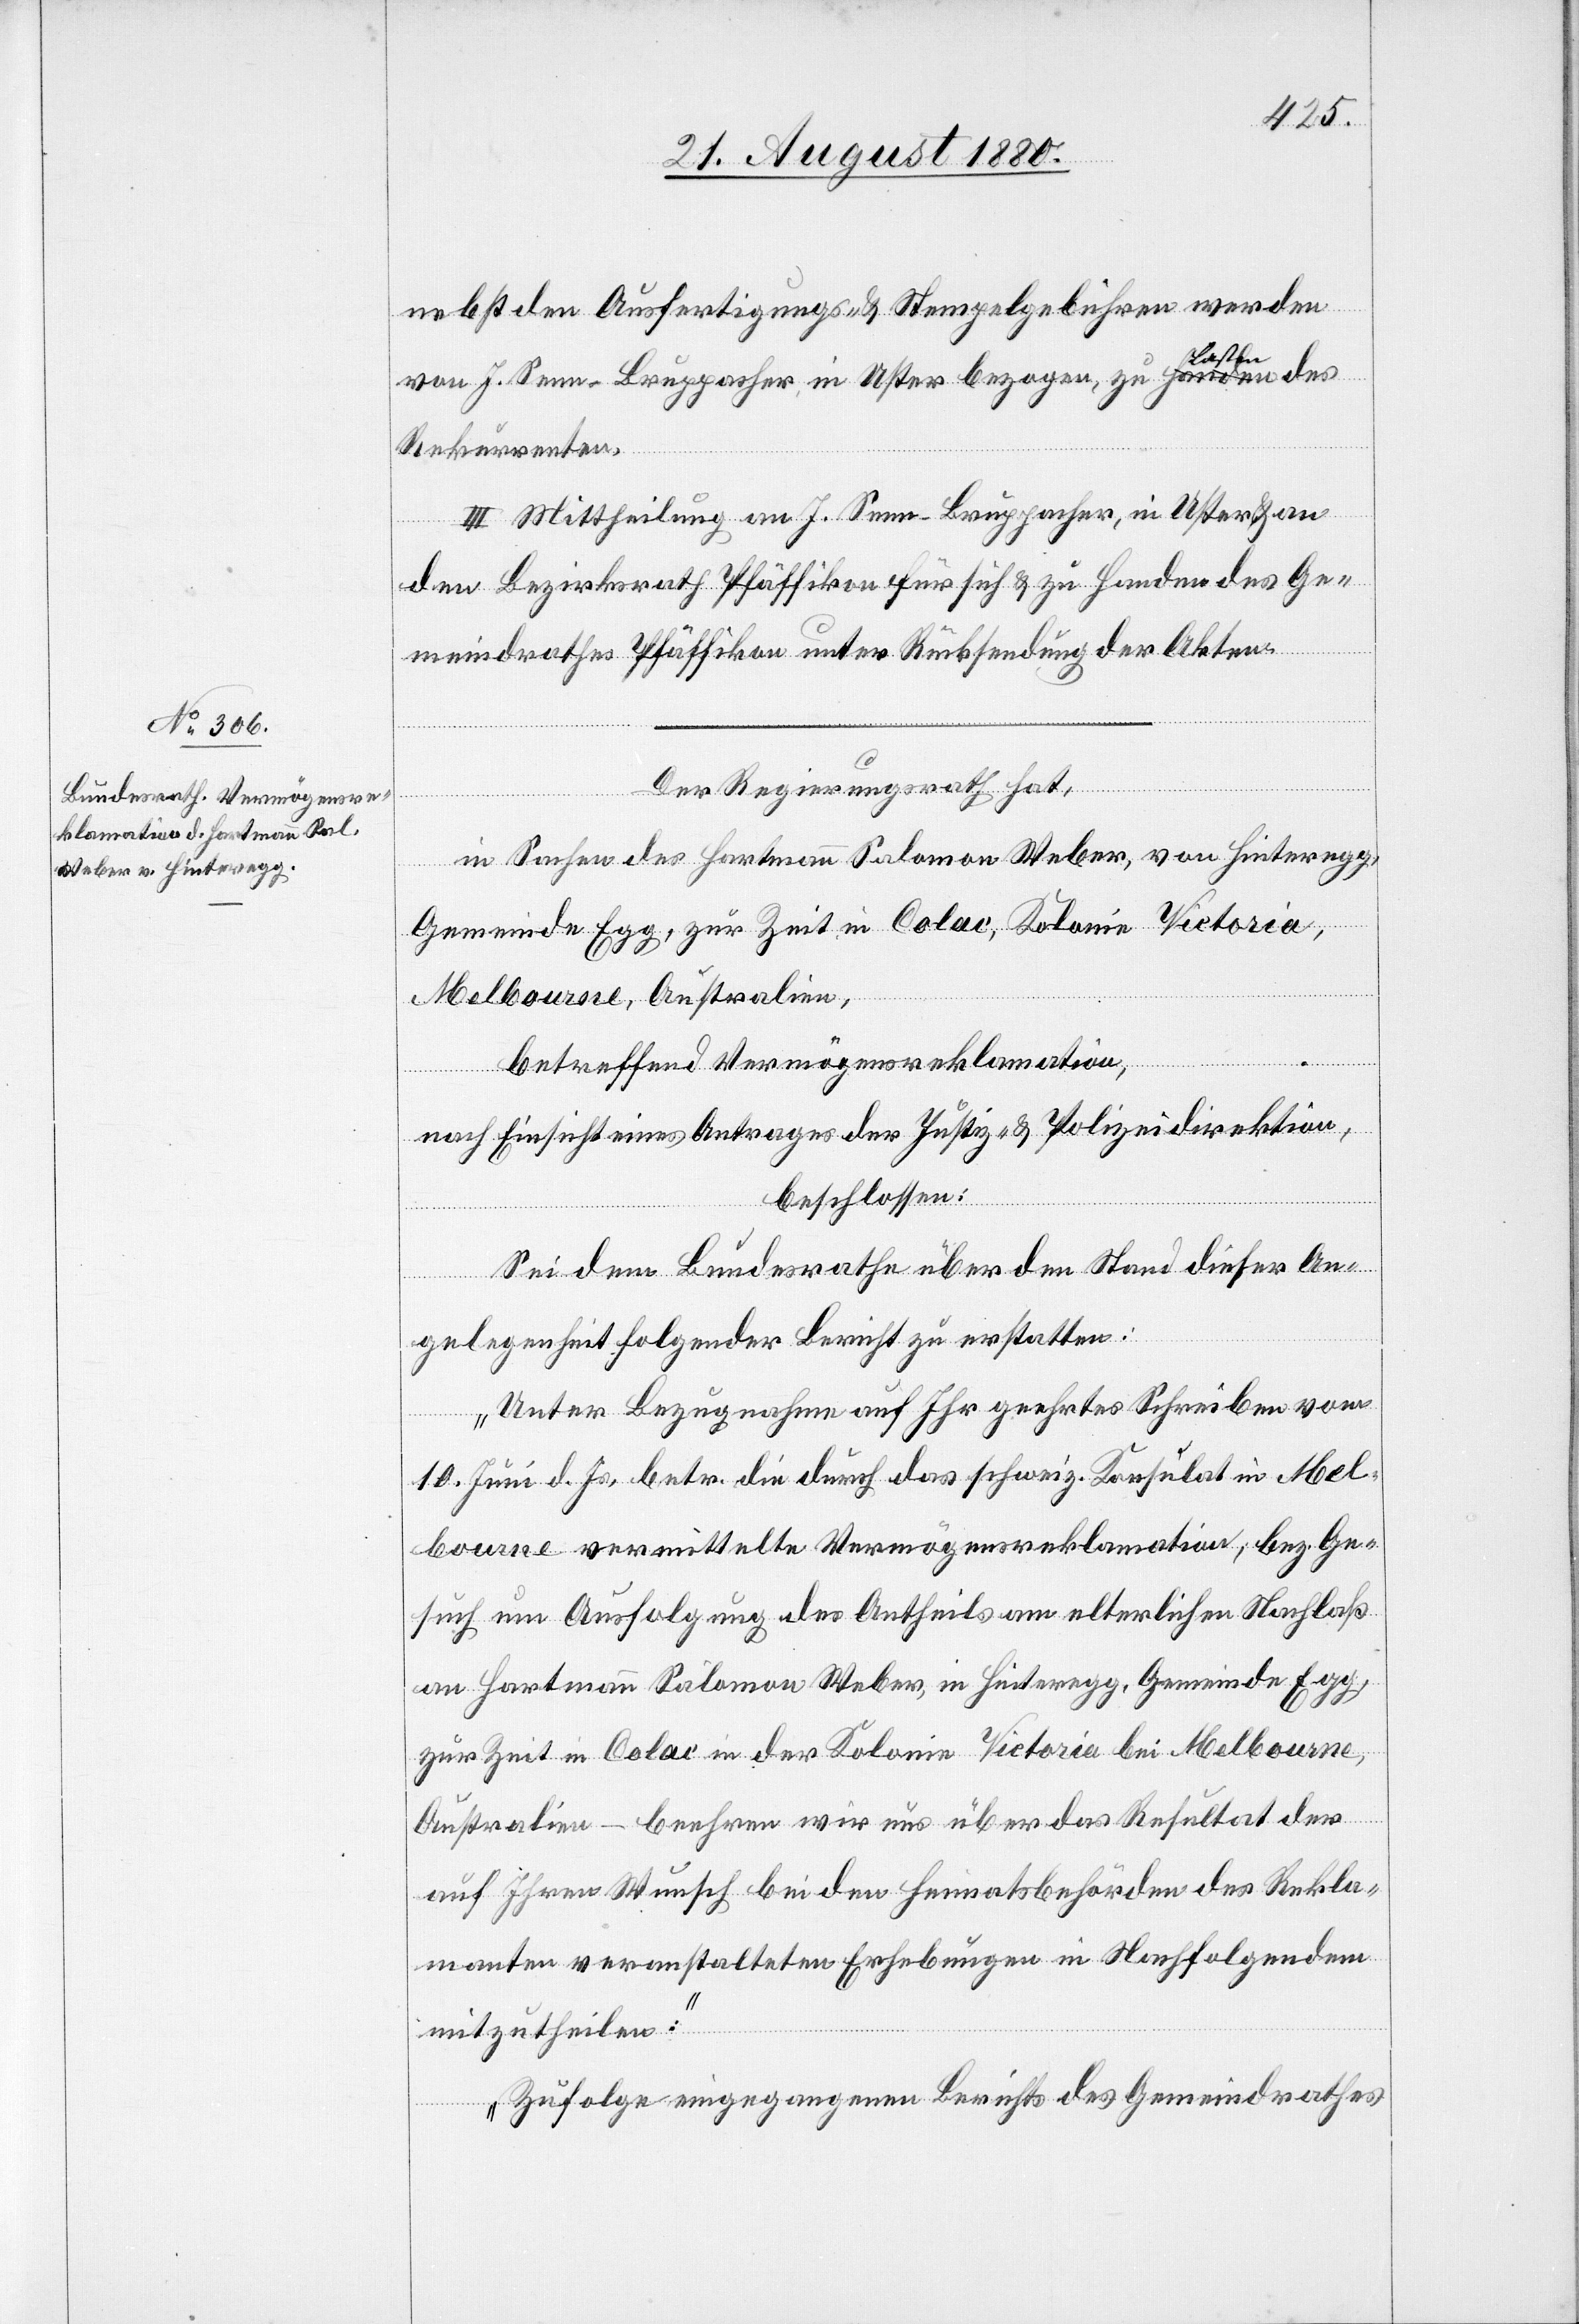
nebst den Ausfertigungs- & Stempelgebühren werden
von J. Senn-Bruppacher in Uster bezogen, zu Lasten des
Rekurrenten.
III. Mittheilung an J. Senn-Bruppacher, in Uster & an
den Bezirksrath Pfäffikon für sich & zu Handen des Ge¬
meindrathes Pfäffikon unter Rücksendung der Akten.
Der Regierungsrath hat,
in Sachen des Hartmann Salomon Weber, von Hinteregg,
Gemeinde Egge, zur Zeit in Colac, Kolonie Victoria,
Melbourne, Australien,
betreffend Vermögensreklamation,
nach Einsicht eines Antrages der Justiz- & Polizeidirektion,
beschlossen:
Sei dem Bundesrathe über den Stand dieser An¬
gelegenheit folgender Bericht zu erstatten:
„Unter Bezugnahme auf ihr geehrtes Schreiben vom
10. Juni d. Js. betr. die durch das schweiz. Konsulat in Mel¬
bourne vermittelte Vermögensreklamation, bez. Ge¬
such um Ausfolgung des Antheils am elterlichen Nachlaß
an Hartmann Salomon Weber, in Hinteregg, Gemeinde Egg,
zur Zeit in Colac in der Kolonie Victoria bei Melbourne,
Australien – beehren wir uns über das Resultat der
auf Ihren Wunsch bei den Heimatbehörden des Rekla¬
manten veranstalteten Erhebungen in Nachfolgendem
mitzutheilen:
Zufolge eingegangenen Berichts des Gemeindrathes